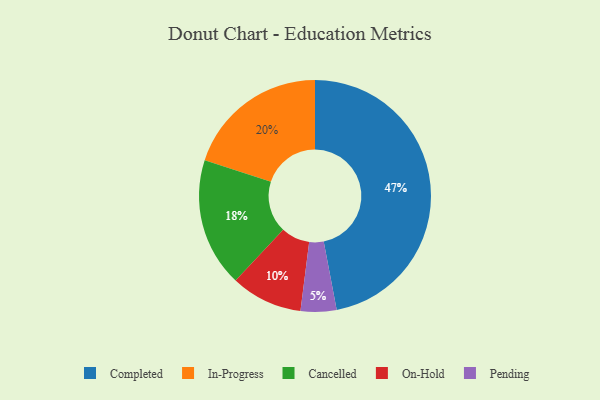
{"axis": {"x": "Category", "y": "Percentage"}, "legend": ["Cancelled", "Completed", "In-Progress", "On-Hold", "Pending"], "data": [{"x": "Completed", "y": 47, "type": "Completed"}, {"x": "On-Hold", "y": 10, "type": "On-Hold"}, {"x": "Cancelled", "y": 18, "type": "Cancelled"}, {"x": "In-Progress", "y": 20, "type": "In-Progress"}, {"x": "Pending", "y": 5, "type": "Pending"}]}